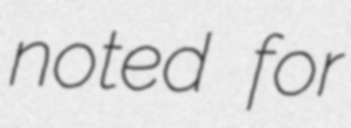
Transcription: noted for